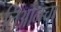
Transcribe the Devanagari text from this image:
लिओनचा